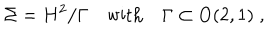
\Sigma = H ^ { 2 } / \Gamma { \quad } \mathrm { { w i t h \quad } \Gamma \subset O ( 2 , 1 ) \; , }